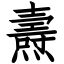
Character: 燾